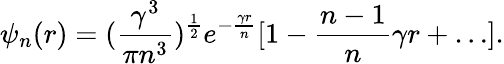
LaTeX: \psi_{n}(r)=(\frac{\gamma^{3}}{\pi n^{3}})^{\frac{1}{2}}e^{-\frac{\gamma r}{n}}[1-\frac{n-1}{n}\gamma r+\ldots].